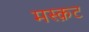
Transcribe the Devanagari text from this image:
मस्क़ट